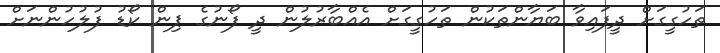
ތަހުގީގަށް ދީފައިވާ ބަޔާންތަކުން ތަހުގީގަށް އެއްބާރުލުން ދީ ފޯނުގެ ޕިން ކޯޑު ފުލުހުންނަށް